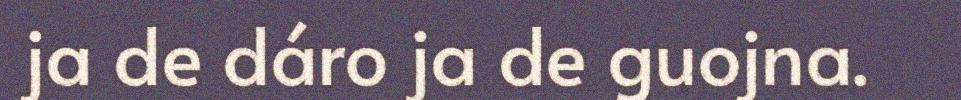
ja de dáro ja de guojna.